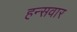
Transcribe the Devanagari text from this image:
हन्सवार